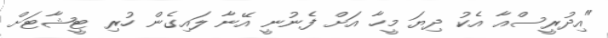
"އިދުރީސްއާ އެކު ދިޔަ މީހާ އަށް ފެނުނީ އޭނާ ލައިގެން ހުރި ޓީޝާޓަށް